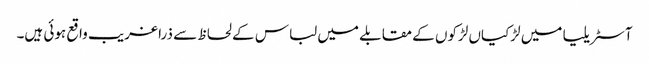
آسٹریلیا میں لڑکیاں لڑکوں کے مقابلے میں لباس کے لحاظ سے ذرا غریب واقع ہوئی ہیں۔